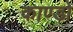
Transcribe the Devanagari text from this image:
काण्डो